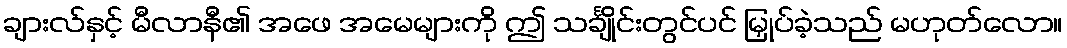
ချားလ်နှင့် မီလာနီ၏ အဖေ အမေများကို ဤ သင်္ချိုင်းတွင်ပင် မြှုပ်ခဲ့သည် မဟုတ်လော။